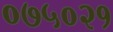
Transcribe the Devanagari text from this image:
०७५०२१